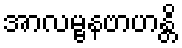
အာလမ္ဗနဗာဟန္တိ